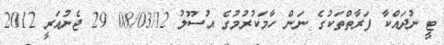
ޓީ ނުދައްކާ ފަރާތްތަކުގެ ނަން ހާމަކުރުމުގެ އުސޫލު 08/03/12 29 ޖެނުއަރީ 2012